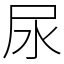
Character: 尿